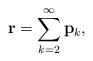
LaTeX: \begin{align*}{\bf r}=\sum_{k=2}^{\infty} {\bf p}_k,\end{align*}